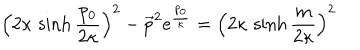
LaTeX: \left( 2 \kappa \, \sinh { \frac { p _ { 0 } } { 2 \kappa } } \right) ^ { 2 } - \overrightarrow { p } ^ { 2 } e ^ { { \frac { p _ { 0 } } { \kappa } } } = \left( 2 \kappa \, \sinh { \frac { m } { 2 \kappa } } \right) ^ { 2 }